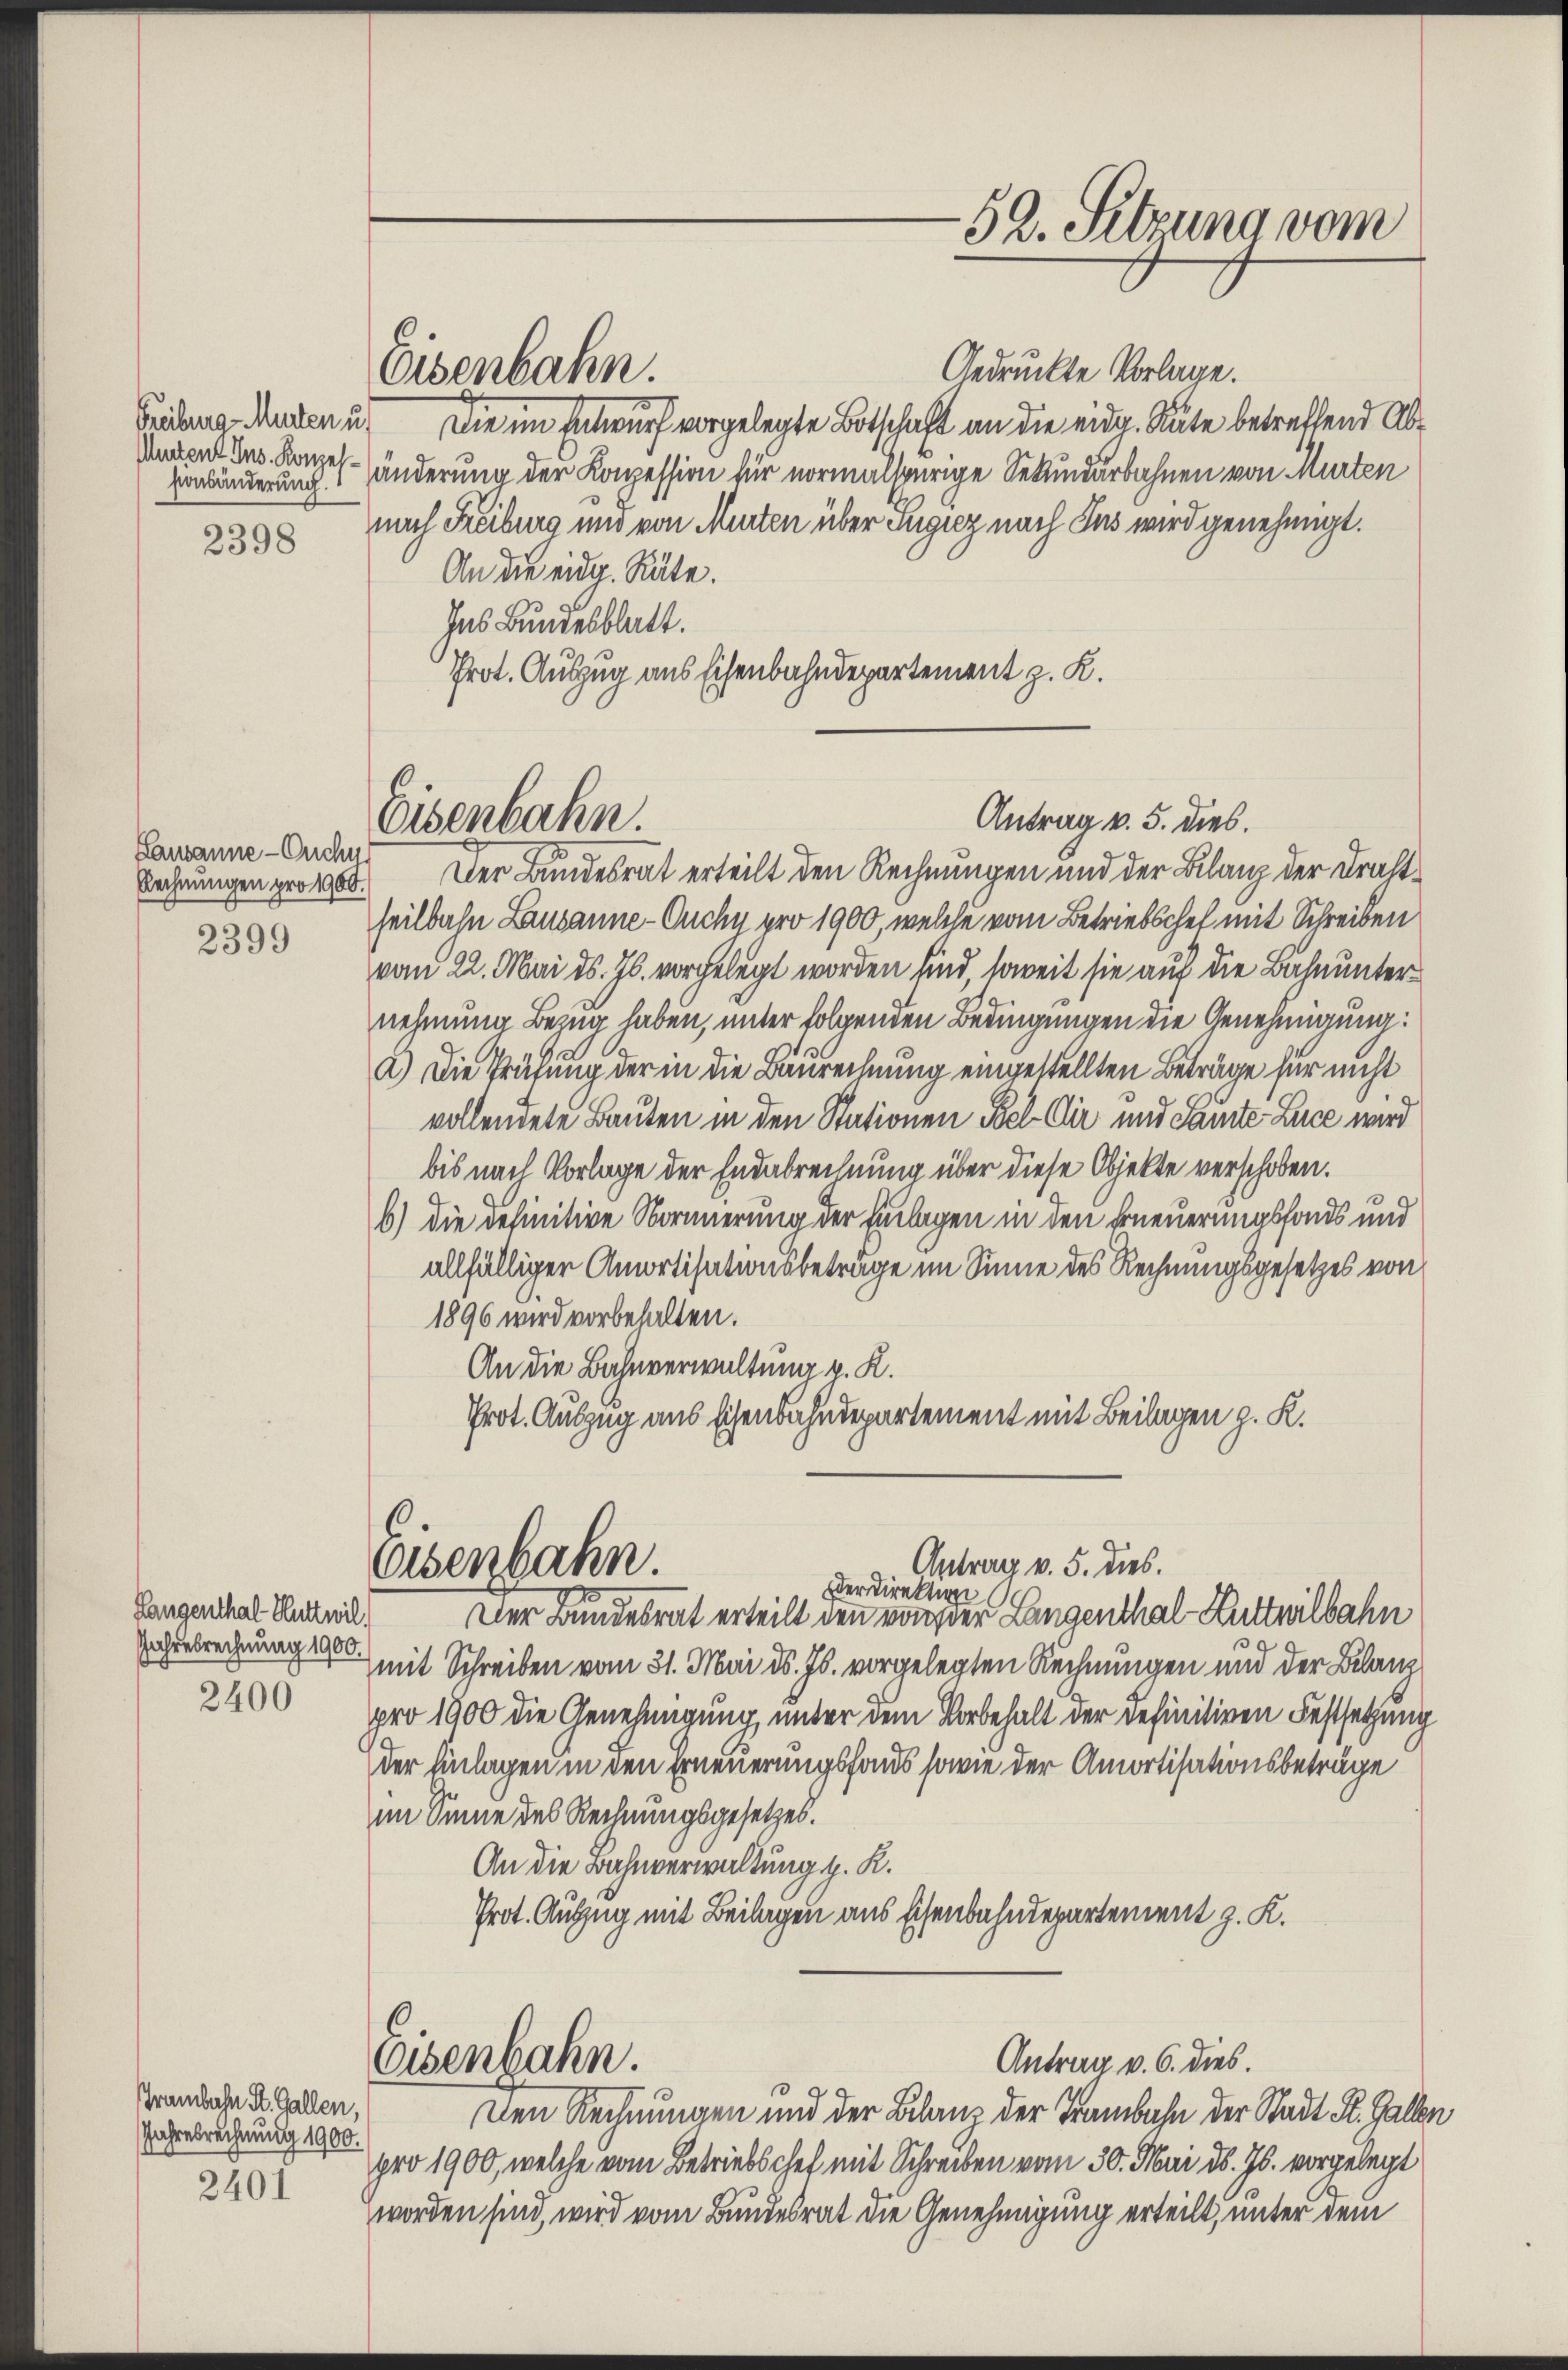
Freiburg Murten u.
Mentent Ins. Konzes¬
2398

Lausanne - Ouchu
2399

Langenthal Huttnil,
Jahresrechnung 1900.
2400

Grambahn St. Gallen,
Jahresrechnung 1900.
2401

Eisenbahn.

Eisenbahn.

Osenbahn.

-52. Sitzung vom

Gedruckte Vorlage.
Die im Entwurf vorgelegte Botschaft an die eidg. Gute betreffend Ab¬
Veränderung 1 änderung der Konzession für normalspurige Sekundärbahnen von Murten
nach Freiburg und von Murten über Tugiz nach Jus wird genehmigt.
An die eidg. Räte.
Ins Bundesblatt.
Prot. Auszug aus Eisenbahndepartement z. K.

Antrag v. 5. dies
Behnungen pro 160. Der Bundesrat erteilt den Rechnungen und der Bilanz der Drahtseilbahn Lausanne - Ouchy pro 1900, welche vom Betriebschel mit Schreiben
vom 22. Mai d. Js. vorgelegt worden sind, soweit sie auf die Bahnunternehmung Bezug haben, unter folgenden Bedingungen die Genehmigung:
2.) Die Prüfung der in die Baurechnung eingestellten Beträge für nicht
vollendete Bauten in den Stationen Bel Dir und Saute Luce wird
bis nach Vorlage der Endebrechnung über diese Objekte verschoben.
b) die definitive Normierung der Einlagen in den Erneuerungsfonds und
allfälliger Amortisationsbetrage im Sinne des Rechnungsgesetzes von
1896 wird vorbehalten.
An die Bahnverwaltung z. K.
Prot. Auszug aus sichen Bahndepartement mit Beilagen z. K.

Antrag v. 5. dies.
Der Direktion
Der Bundesrat erteilt den von der Langenthal-Kutteilbahn

mit Schreiben vom 31. Mai d. Js. vorgelegten Rechnungen und der Bilanz
pro 1900 die Genehmigung unter dem Vorbehalt der definitiven Festsetzung
der Einlagen in den Erneuerungshaus sowie der Amortisationsbeträge
im Sinne des Rechnungsgesetzes.
An die Bahnverwaltung z. K.
Prot. Auszug mit Beilagen aus Eisenbahndepartement z. K.
Antrag v. 6. dies.
Eisenbahn.
Den Rechnungen und der Bilanz der Trambahn der Stadt St. Gallen
pro 1900, welche vom Betriebschef mit Schreiben vom 30. Mai d. Js. vorgelegt
worden sind, wird vom Bundesrat die Genehmigung erteilt, unter dem